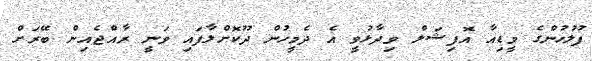
ފުލުހުންގެ މީޑިއާ އޮފިޝަލް ވިދާޅުވީ އެ ދެމީހުން ދޫކޮށްލާފައި ވަނީ ރާއްޖެއިން ބޭރަށް